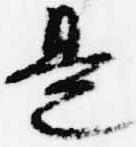
是